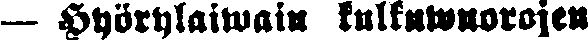
— Hyörylaiwain kulkuwuorojen